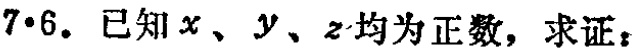
$7\cdot6.$ 已知$x、y、z$均为正数，求证：